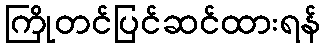
ကြိုတင်ပြင်ဆင်ထားရန်